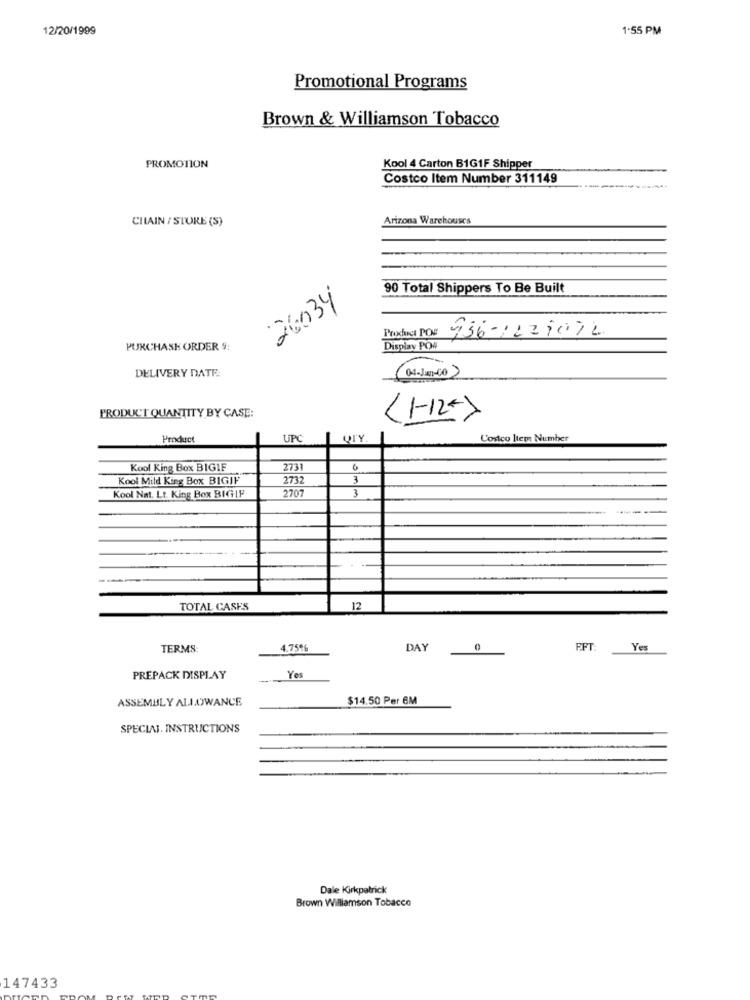
12/20/1999
1-55 PM
Promotional Programs
Brown & Williamson Tobacco
PROMOTION
Kool 4 Carton B1G1F Shipper
Costco Item Number 311149
CHAIN / STORE (S)
Arizona Warehouses
90 Total Shippers To Be Built
26034
Proxchuel PO
936-1229074
PURCHASE ORDER 9:
Display POW
DELIVERY DATE:
04-Jan-CO
PRODUCT QUANTITY BY CASE:
<1-125
Product
UPC
Costco Item Number
Kool King Box BIGIF
273
6
Kool Mild King Box BIGIF
2732
3
2707
3
Kool Nat. Lt. King Box BIGIF
TOTAL CASES
12
TERMS:
4.75%
DAY
0
FFT:
Yes
PREPACK DISPLAY
Yes
ASSEMBLY ALLOWANCE
$14.50 Per 6M
SPECIAL. INSTRUCTIONS
Dale Kirkpatrick
Brown Williamson Tobacco
147433